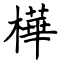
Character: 樺